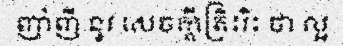
ញាំញី នូវ សេចក្តីត្រិះរិះ ថា ល្អ